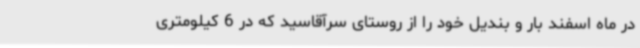
در ماه اسفند بار و بندیل خود را از روستای سرآقاسید که در 6 کیلومتری